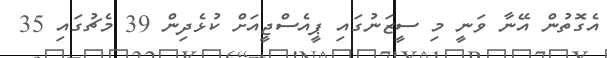
އެގޮތުން އޭނާ ވަނީ މި ސީޒަނުގައި ޕީއެސްޖީއަށް ކުޅެދިން 39 މެޗުގައި 35